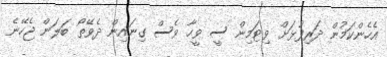
އެހެންކަމުން ދަރިފުޅަށް ވިޓަމިން ސީ ވީހާ ވެސް ގިނައިން ދެވޭތޯ ބަލަން ޖެހޭނެ